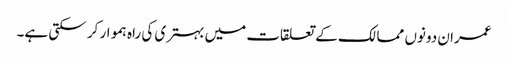
عمران دونوں ممالک کے تعلقات میں بہتری کی راہ ہموار کر سکتی ہے۔